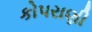
કોપરાણી